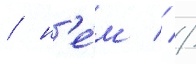
/ н'е́м // /